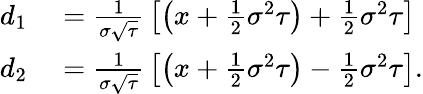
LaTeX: \begin{array}{rl}{d_{1}}&{{}={\frac{1}{\sigma{\sqrt{\tau}}}}\left[\left(x+{\frac{1}{2}}\sigma^{2}\tau\right)+{\frac{1}{2}}\sigma^{2}\tau\right]}\\ {d_{2}}&{{}={\frac{1}{\sigma{\sqrt{\tau}}}}\left[\left(x+{\frac{1}{2}}\sigma^{2}\tau\right)-{\frac{1}{2}}\sigma^{2}\tau\right].}\end{array}